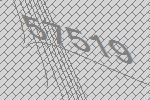
57519